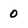
Character: 0